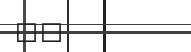
٣٤